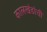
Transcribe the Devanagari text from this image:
कालखंडांची